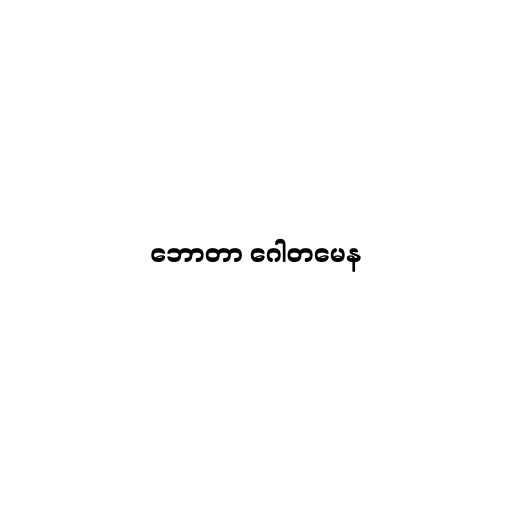
ဘောတာ ဂေါတမေန